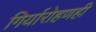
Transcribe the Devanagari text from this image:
गिर्यारोहणही